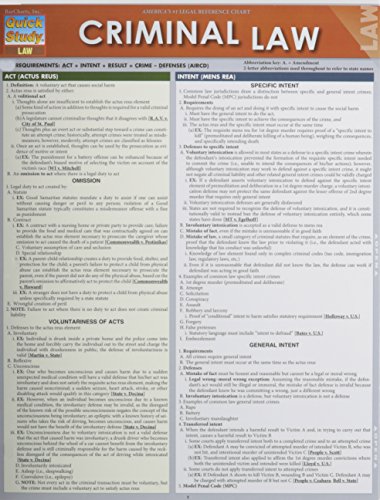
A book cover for Criminal Law (Quick Study Law); Inc. BarCharts; Test Preparation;